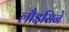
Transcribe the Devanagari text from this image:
लौइसिने